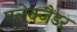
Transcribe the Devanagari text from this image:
एलेक्जैंडर